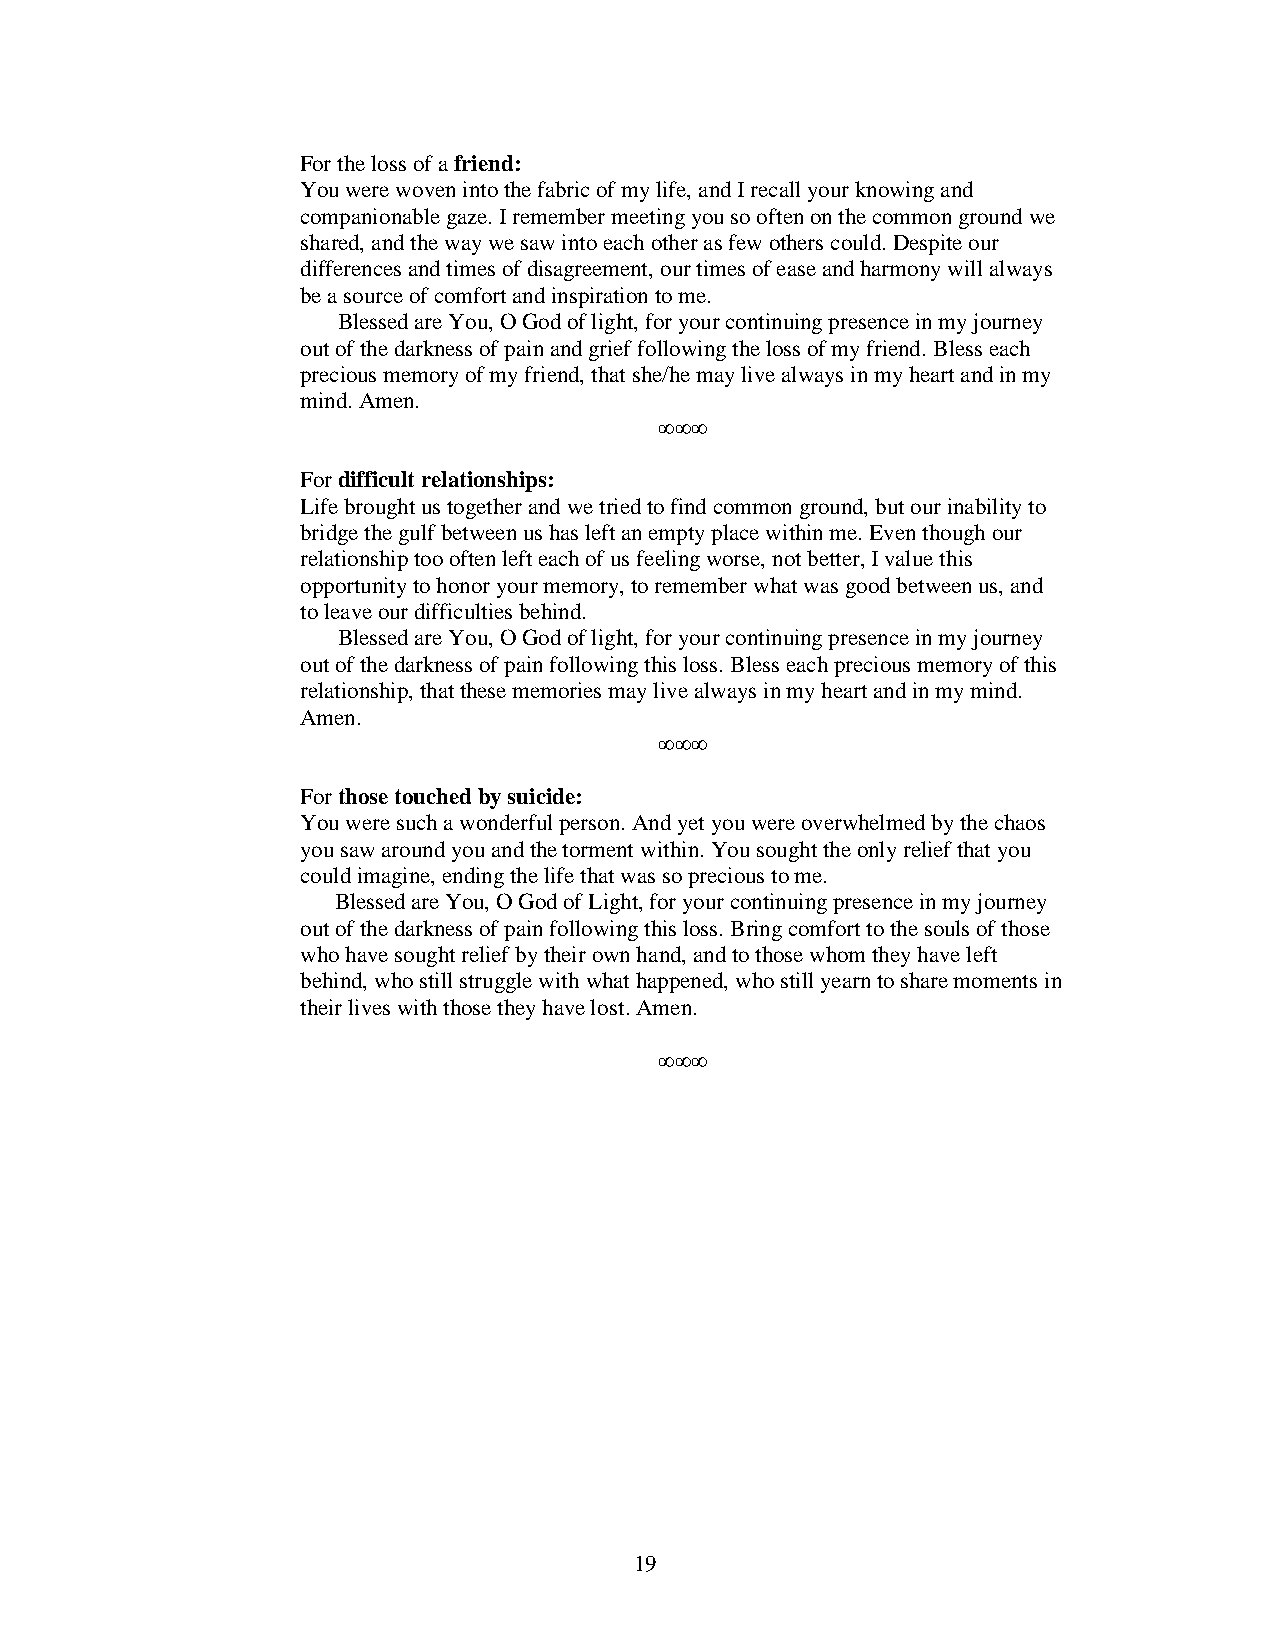
For the loss of a friend:
 You were woven into the fabric of my life, and I recall your knowing and
 companionable gaze. I remember meeting you so often on the common ground we
 shared, and the way we saw into each other as few others could. Despite our
 differences and times of disagreement, our times of ease and harmony will always
 be a source of comfort and inspiration to me.
 Blessed are You, O God of light, for your continuing presence in my journey
 out of the darkness of pain and grief following the loss of my friend. Bless each
 precious memory of my friend, that she/he may live always in my heart and in my
 mind. Amen.
 ∞∞∞
 For difficult relationships:
 Life brought us together and we tried to find common ground, but our inability to
 bridge the gulf between us has left an empty place within me. Even though our
 relationship too often left each of us feeling worse, not better, I value this
 opportunity to honor your memory, to remember what was good between us, and
 to leave our difficulties behind.
 Blessed are You, O God of light, for your continuing presence in my journey
 out of the darkness of pain following this loss. Bless each precious memory of this
 relationship, that these memories may live always in my heart and in my mind.
 Amen.
 ∞∞∞
 For those touched by suicide:
 You were such a wonderful person. And yet you were overwhelmed by the chaos
 you saw around you and the torment within. You sought the only relief that you
 could imagine, ending the life that was so precious to me.
 Blessed are You, O God of Light, for your continuing presence in my journey
 out of the darkness of pain following this loss. Bring comfort to the souls of those
 who have sought relief by their own hand, and to those whom they have left
 behind, who still struggle with what happened, who still yearn to share moments in
 their lives with those they have lost. Amen.
 ∞∞∞
 1 9